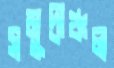
সমুদ্রাঞ্চল